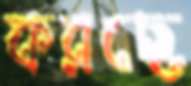
করছে